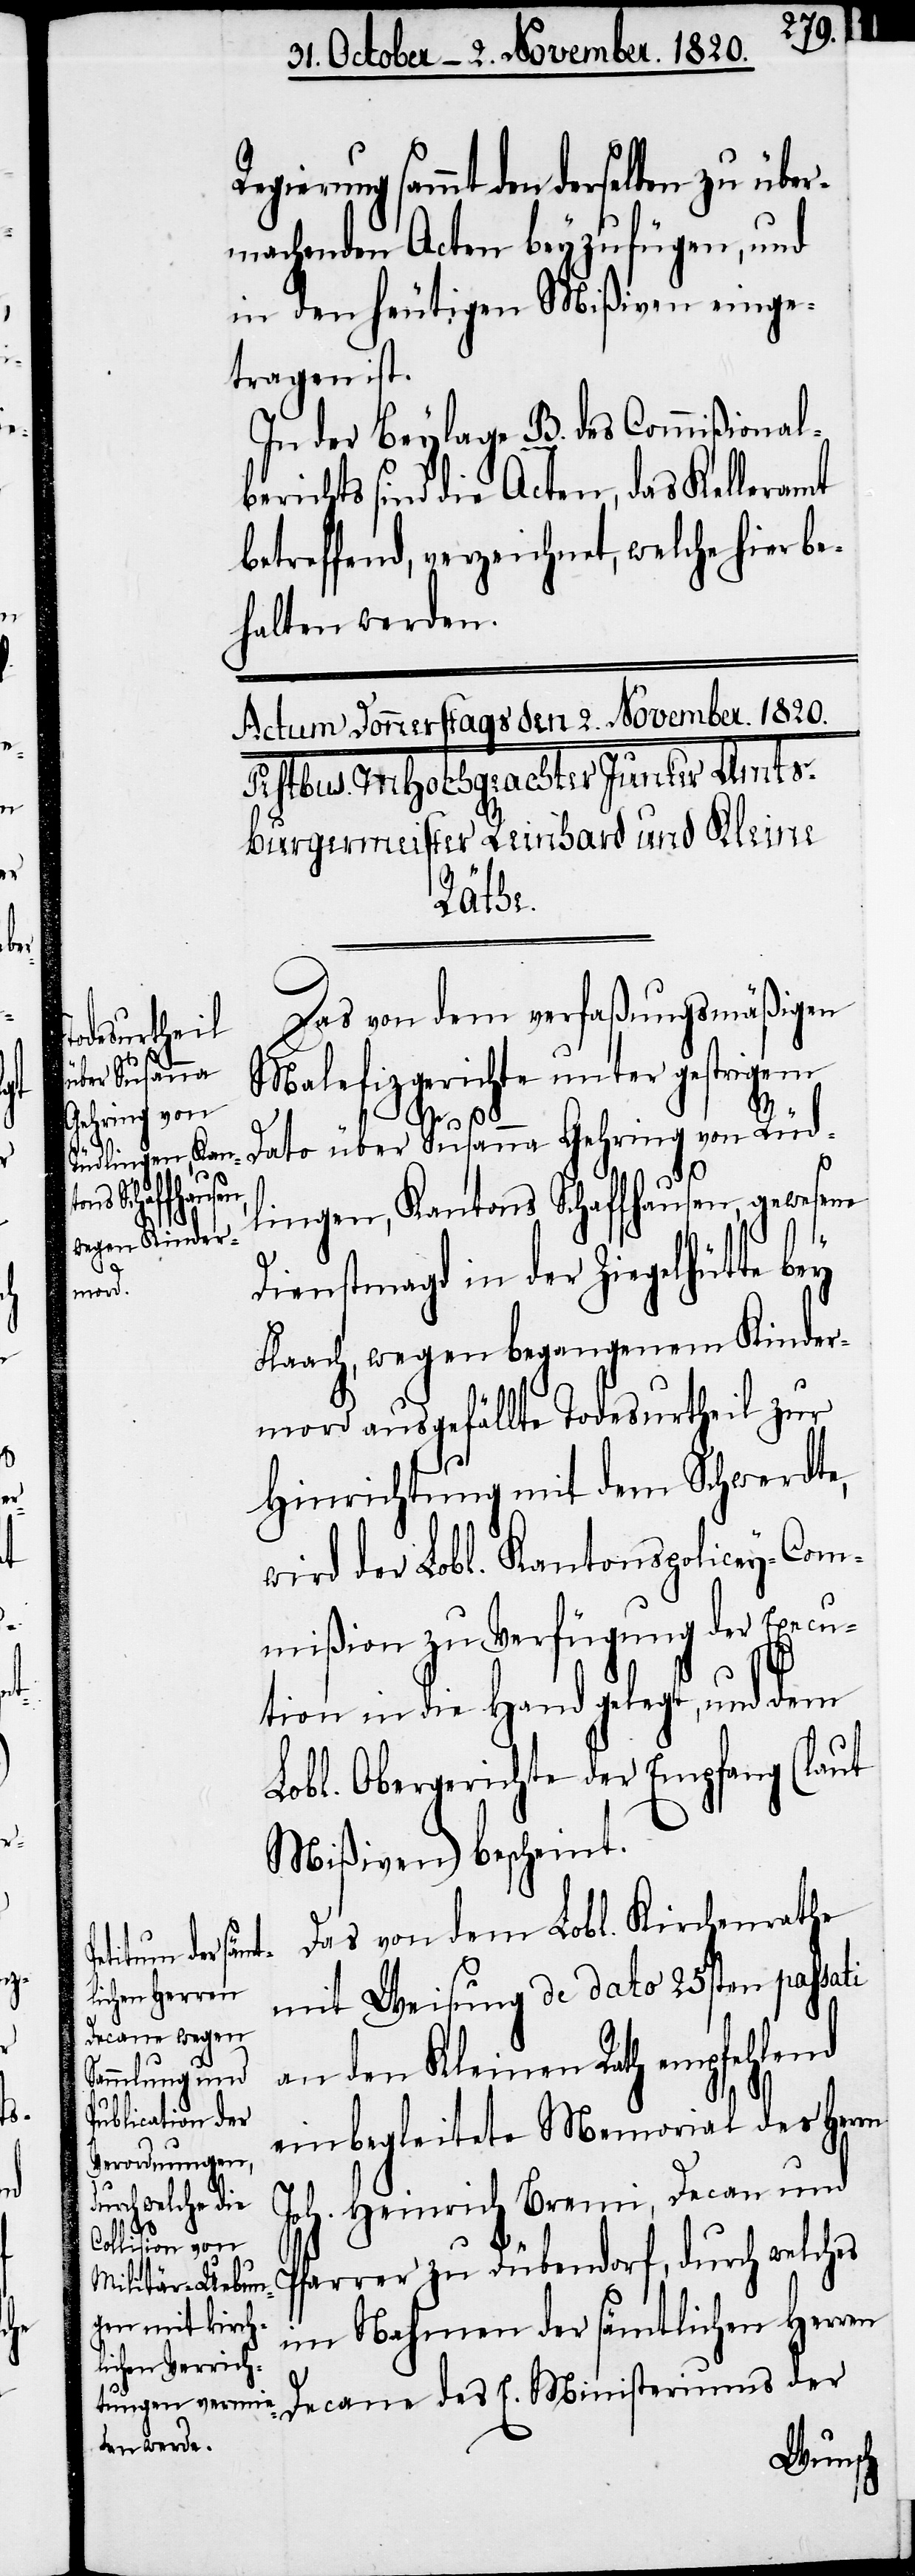
erung sammt den derselben zu über¬
nehmenden Acten beyzufügen, und
in den heutigen Mißiven einge¬
tragen ist.
In der Beylage B. des Commißional¬
berichts sind die Acten, das Kelleramt
betreffend, verzeichnet, welche hierbe¬
halten werden.
Regi¬
Das von dem verfaßungsmäßigen
Malefizgerichte unter gestrigem
P¬
Dato über Susanna Gehring von Rüd¬
lingen, Kantons Schaffhausen, gewesene
Dienstmagd in der Ziegelhütte bey
Flaach, wegen begangenen Kinder¬
mord ausgefällte Todesurtheil zur
Hinrichtung mit dem Schwerdte,
wird der Lobl. Kantonspolicey-Com¬
mißion zu Verfügung der Execu¬
tion in die Hand gelegt, und dem
Lobl. Obergerichte der Empfang (laut
Mißiven) bescheint.
Das von dem Lobl. Kirchenrathe
mit Weisung de dato 25sten passati
an den Kleinen Rath empfehlend
einbegleitete Memorial des Herrn
Joh. Heinrich Braun, Decan und
farrer zu Dübendorf, durch welches
im Nahmen der sämtlichen Herren
Decane des E. Ministeriums der